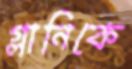
গ্লানিকে